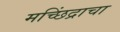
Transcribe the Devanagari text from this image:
मच्छिंद्राचा